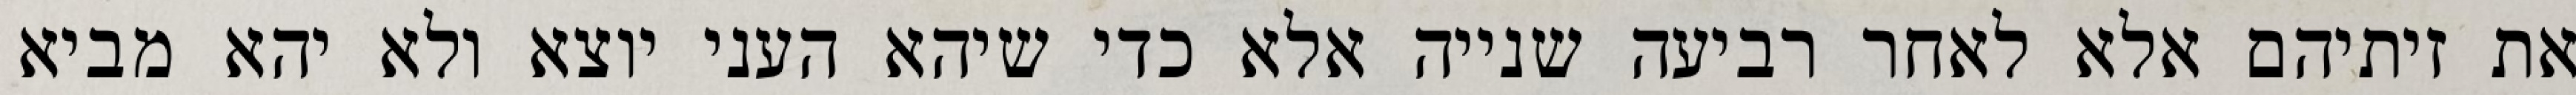
את זיתיהם אלא לאחר רביעה שנייה אלא כדי שיהא העני יוצא ולא יהא מביא